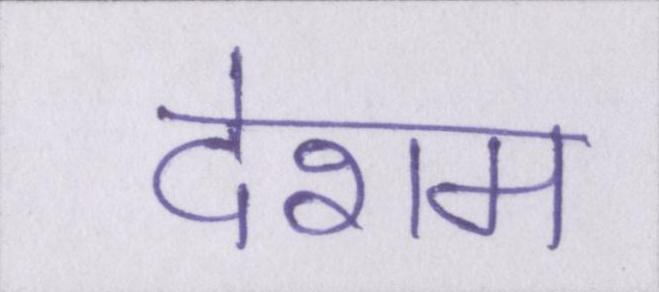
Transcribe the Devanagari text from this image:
देशम